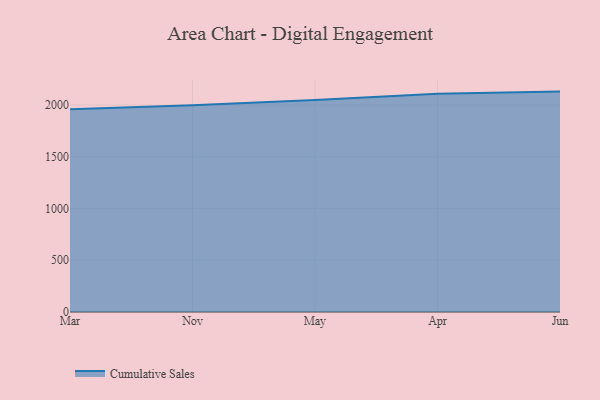
{"axis": {"x": "Month", "y": "Website Visitors"}, "legend": ["Cumulative Sales"], "data": [{"x": "Mar", "y": 1958.9, "type": "Cumulative Sales"}, {"x": "Nov", "y": 1997.8, "type": "Cumulative Sales"}, {"x": "May", "y": 2049.8, "type": "Cumulative Sales"}, {"x": "Apr", "y": 2109.1, "type": "Cumulative Sales"}, {"x": "Jun", "y": 2129.9, "type": "Cumulative Sales"}]}